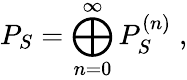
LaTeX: P_{S}=\bigoplus_{n=0}^{\infty}P_{S}^{(n)}\; ,